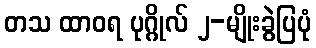
တသ ထာဝရ ပုဂ္ဂိုလ် ၂-မျိုးခွဲပြပုံ